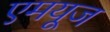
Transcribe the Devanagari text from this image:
एमयूज